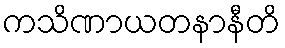
ကသိဏာယတနာနီတိ